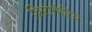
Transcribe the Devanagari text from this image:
प्रिरोगेटिव